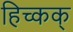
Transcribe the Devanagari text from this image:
हिच्कक्